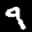
Label: 9